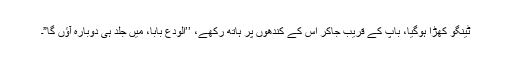
ٹینگو کھڑا ہوگیا، باپ کے قریب جاکر اس کے کندھوں پر ہاتھ رکھے، ’’الودع بابا، میں جلد ہی دوبارہ آؤں گا”۔